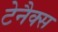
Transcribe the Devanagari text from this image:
टेनैक्स